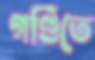
গণ্ডিতে